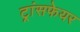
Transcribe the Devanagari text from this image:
ट्रांसफेयर